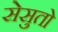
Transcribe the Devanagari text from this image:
सेसुतो